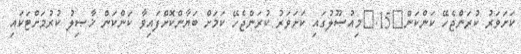
ކަށަވަރު ކުރަންޖެހޭ ކަންކަން	15.	މިއުޞޫލުގައި ކަށަވަރު ކުރަންޖެހޭ ކަމަށް ބަޔާންކޮށްފައިވާ ކަންކަން ޚާޞިލު ކުރުމަށްޓަކައި